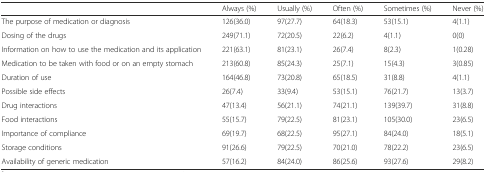
<table><thead><tr><td></td><td><b>Always (%)</b></td><td><b>Usually (%)</b></td><td><b>Often (%)</b></td><td><b>Sometimes (%)</b></td><td><b>Never (%)</b></td></tr></thead><tbody><tr><td>The purpose of medication or diagnosis</td><td>126(36.0)</td><td>97(27.7)</td><td>64(18.3)</td><td>53(15.1)</td><td>4(1.1)</td></tr><tr><td>Dosing of the drugs</td><td>249(71.1)</td><td>72(20.5)</td><td>22(6.2)</td><td>4(1.1)</td><td>0(0)</td></tr><tr><td>Information on how to use the medication and its application</td><td>221(63.1)</td><td>81(23.1)</td><td>26(7.4)</td><td>8(2.3)</td><td>1(0.28)</td></tr><tr><td>Medication to be taken with food or on an empty stomach</td><td>213(60.8)</td><td>85(24.3)</td><td>25(7.1)</td><td>15(4.3)</td><td>3(0.85)</td></tr><tr><td>Duration of use</td><td>164(46.8)</td><td>73(20.8)</td><td>65(18.5)</td><td>31(8.8)</td><td>4(1.1)</td></tr><tr><td>Possible side effects</td><td>26(7.4)</td><td>33(9.4)</td><td>53(15.1)</td><td>76(21.7)</td><td>13(3.7)</td></tr><tr><td>Drug interactions</td><td>47(13.4)</td><td>56(21.1)</td><td>74(21.1)</td><td>139(39.7)</td><td>31(8.8)</td></tr><tr><td>Food interactions</td><td>55(15.7)</td><td>79(22.5)</td><td>81(23.1)</td><td>105(30.0)</td><td>23(6.5)</td></tr><tr><td>Importance of compliance</td><td>69(19.7)</td><td>68(22.5)</td><td>95(27.1)</td><td>84(24.0)</td><td>18(5.1)</td></tr><tr><td>Storage conditions</td><td>91(26.6)</td><td>79(22.5)</td><td>70(21.0)</td><td>78(22.2)</td><td>23(6.5)</td></tr><tr><td>Availability of generic medication</td><td>57(16.2)</td><td>84(24.0)</td><td>86(25.6)</td><td>93(27.6)</td><td>29(8.2)</td></tr></tbody></table>